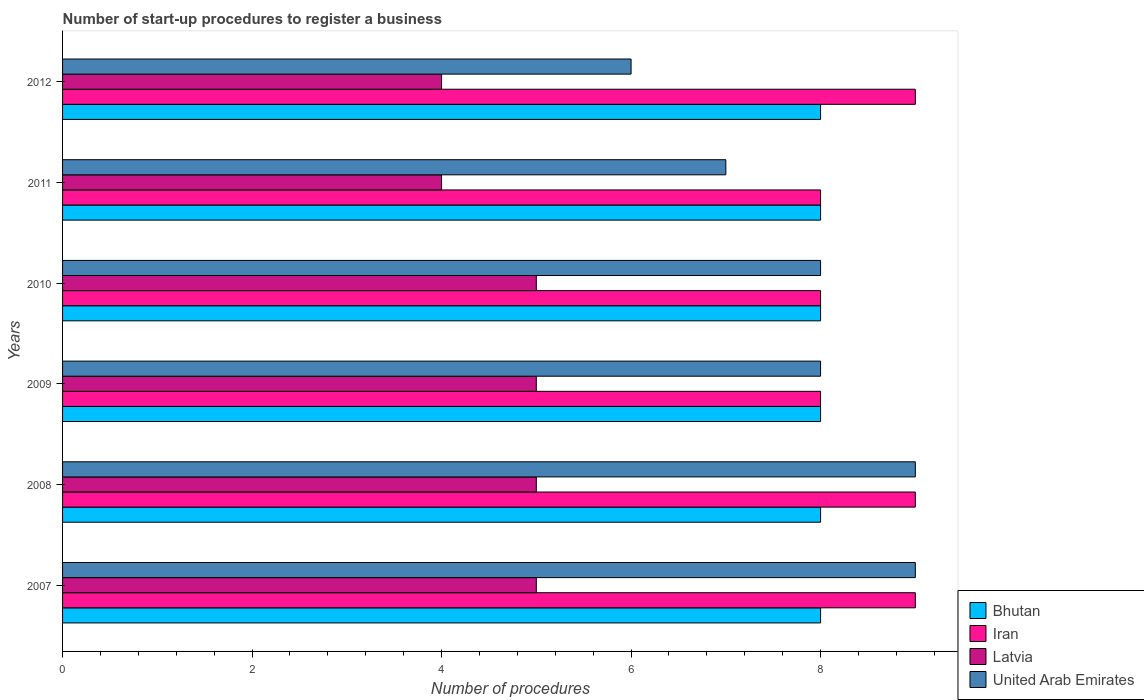
| Years | Bhutan | Iran | Latvia | United Arab Emirates |
 | --- | --- | --- | --- | --- |
 | 2007 | 8 | 9 | 5 | 9 |
 | 2008 | 8 | 9 | 5 | 9 |
 | 2009 | 8 | 8 | 5 | 8 |
 | 2010 | 8 | 8 | 5 | 8 |
 | 2011 | 8 | 8 | 4 | 7 |
 | 2012 | 8 | 9 | 4 | 6 |